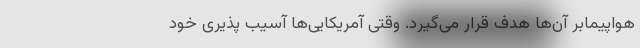
هواپیمابر آن‌ها هدف قرار می‌گیرد. وقتی آمریکایی‌ها آسیب پذیری خود